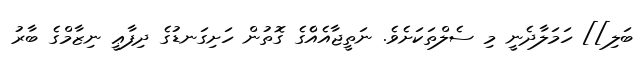
ބަލި]] ހަމަލާދެނީ މި ސެލްތަކަށެވެ. ނަތީޖާއެއްެގެ ގޮތުން ހަށިގަނޑުގެ ދިފާޢީ ނިޒާމްގެ ބާރު